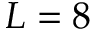
L = 8